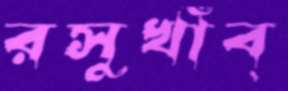
রসুখাঁব্